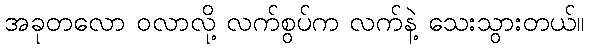
အခုတလော ဝလာလို့ လက်စွပ်က လက်နဲ့ သေးသွားတယ်။